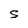
Character: S